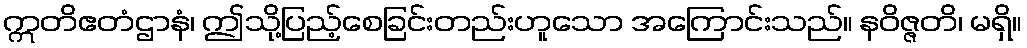
ဣတိဧတံဌာနံ၊ ဤသို့ပြည့်စေခြင်းတည်းဟူသော အကြောင်းသည်။ နဝိဇ္ဇတိ၊ မရှိ။